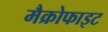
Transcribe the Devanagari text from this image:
मैक्रोफाइट